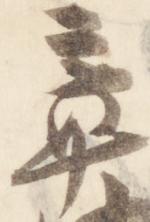
章